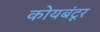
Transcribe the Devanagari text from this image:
कोयबंटूर